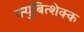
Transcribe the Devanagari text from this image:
क्युबित्शेक्क